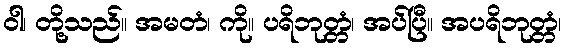
ဝါ၊ တို့သည်။ အမတံ၊ ကို။ ပရိဘုတ္တံ၊ အပ်ပြီ။ အပရိဘုတ္တံ၊